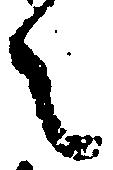
之